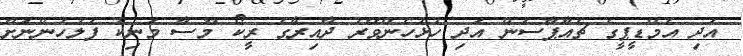
އަދި އެމްޑީޕީގެ ޗެއާޕާސަން އަދި ހުޅުހެންވޭރު ދާއިރާގެ ރީކޯ މޫސާ މަނިކު ފުލުހުންނަށް